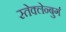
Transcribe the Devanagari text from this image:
स्तेक्लेन्बुर्ग